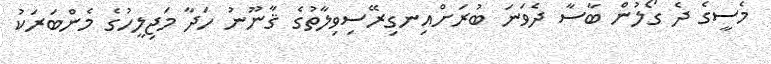
މެސީގެ ދެ ގޯލުން ބާސާ ދެވަނަ ބުރަށްއިނގިރޭސިވިލާތުގެ ޤާނޫނު ހަދާ މަޖިލީހުގެ މެންބަރަކު